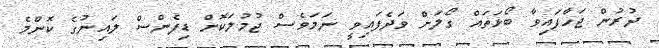
ދުރުން ޖަހާފައިވާ ބޯޅަތައް ގޯލަށް ވަދެފައިވީ ނަމަވެސް ޖުމުލަކޮށް ޑިފެންސް ލައިނުގެ ކޮންމެ